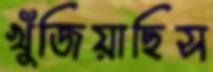
খুঁজিয়াছিস